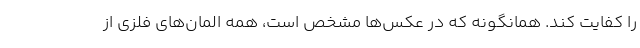
را کفایت کند. همانگونه که در عکس‌ها مشخص است، همه المان‌های فلزی از